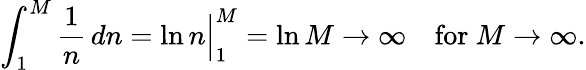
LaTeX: \int_{1}^{M}{\frac{1}{n}}\, dn=\ln n{\Bigr|}_{1}^{M}=\ln M\to\infty\quad{\mathrm{for~}}M\to\infty.